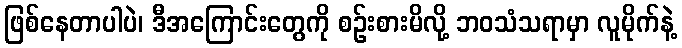
ဖြစ်နေတာပါပဲ၊ ဒီအကြောင်းတွေကို စဉ်းစားမိလို့ ဘဝသံသရာမှာ လူမိုက်နဲ့